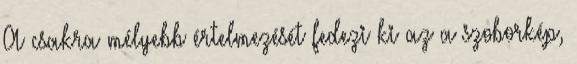
A csakra mélyebb értelmezését fedezi ki az a szoborkép,